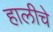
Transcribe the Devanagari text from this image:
हालीचे